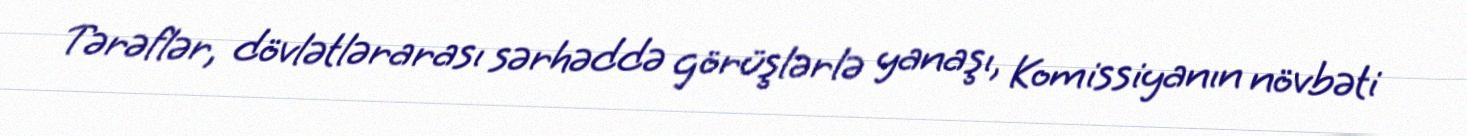
Tərəflər, dövlətlərarası sərhəddə görüşlərlə yanaşı, Komissiyanın növbəti